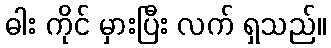
ဓါး ကိုင် မှားပြီး လက် ရှသည်။